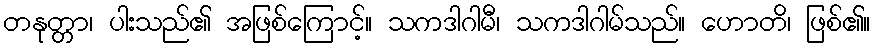
တနုတ္တာ၊ ပါးသည်၏ အဖြစ်ကြောင့်။ သကဒါဂါမီ၊ သကဒါဂါမ်သည်။ ဟောတိ၊ ဖြစ်၏။